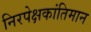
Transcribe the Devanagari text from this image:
निरपेक्षकांतिमान